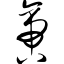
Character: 啻